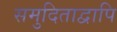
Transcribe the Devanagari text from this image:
समुदिताद्वापि